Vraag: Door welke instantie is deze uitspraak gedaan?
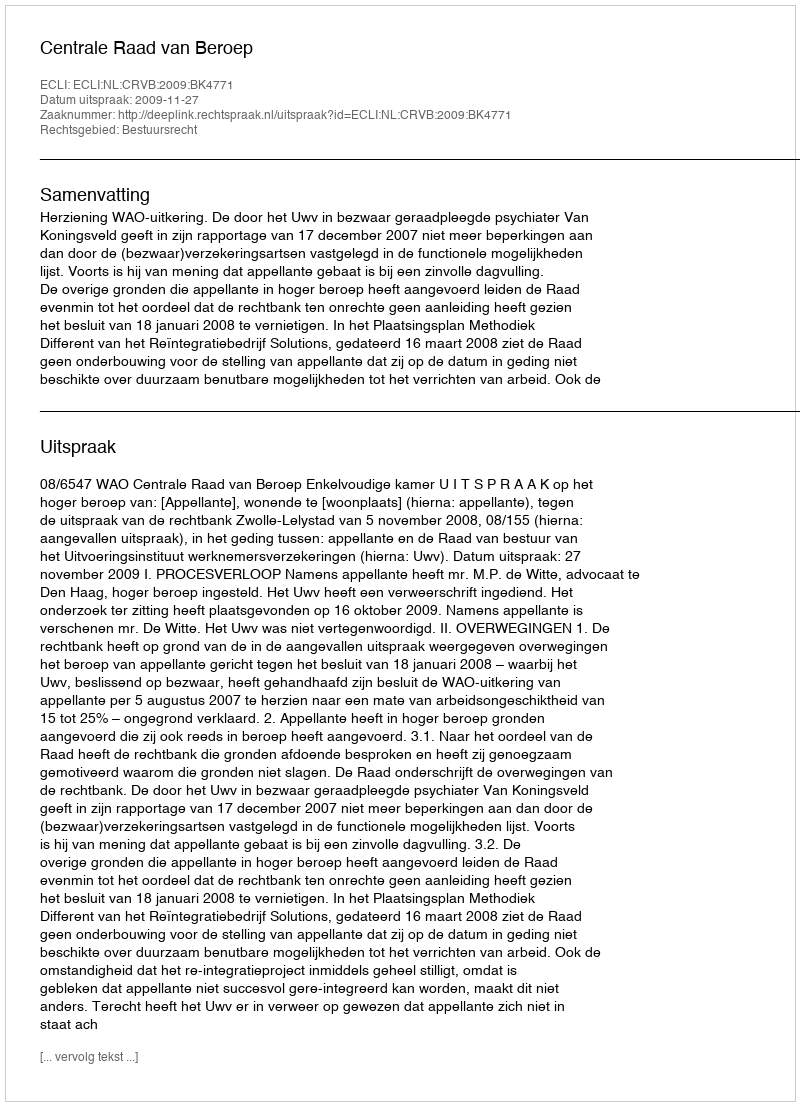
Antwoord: Centrale Raad van Beroep